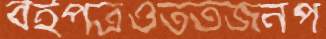
বইপত্রওততজনপ